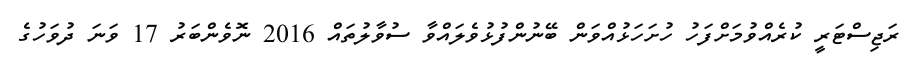
ރަޖިސްޓަރީ ކުރެއްވުމަށްފަހު ހުށަހަޅުއްވަން ބޭނުންފުޅުވެލައްވާ ސުވާލުތައް 2016 ނޮވެންބަރު 17 ވަނަ ދުވަހުގެ